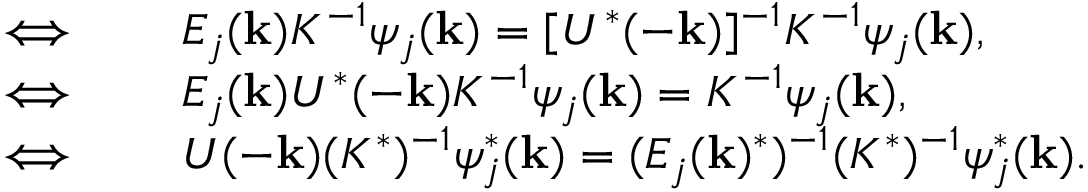
\begin{array} { r l } { \iff \quad } & { { } E _ { j } ( { \bf k } ) K ^ { - 1 } \psi _ { j } ( { \bf k } ) = [ U ^ { * } ( - { \bf k } ) ] ^ { - 1 } K ^ { - 1 } \psi _ { j } ( { \bf k } ) , } \\ { \iff \quad } & { { } E _ { j } ( { \bf k } ) U ^ { * } ( - { \bf k } ) K ^ { - 1 } \psi _ { j } ( { \bf k } ) = K ^ { - 1 } \psi _ { j } ( { \bf k } ) , } \\ { \iff \quad } & { { } U ( - { \bf k } ) ( K ^ { * } ) ^ { - 1 } \psi _ { j } ^ { * } ( { \bf k } ) = ( E _ { j } ( { \bf k } ) ^ { * } ) ^ { - 1 } ( K ^ { * } ) ^ { - 1 } \psi _ { j } ^ { * } ( { \bf k } ) . } \end{array}